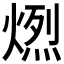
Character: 𤍅